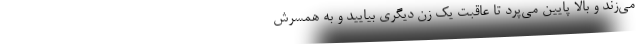
مي‌زند و بالا پايين مي‌پرد تا عاقبت يک زن ديگري بياييد و به همسرش